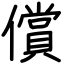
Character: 償